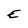
Character: E